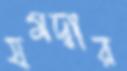
যমদ্বার